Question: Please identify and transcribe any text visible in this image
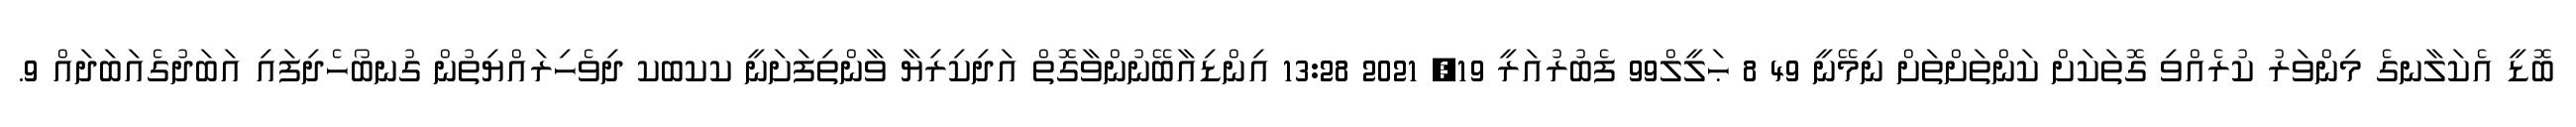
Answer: ބޮޑީ އެކަލާނގެ މިންވަރު ކުރެއްވި ގޮތަކަށް ކަންތަށްތަށް ނިމޭނީ 49 8 ޙަލީލް99 ފެބުރުއަރީ 19, 2021 13:28 އިންޑިއާބޭނުންވާގޮތް އަދިކިރިޔާ ވާންތިފަށަނީ ކކބކ ދިވެހިރައްޔިތުން ގުނބޯހެދިފައި އަބަދުގެއަބަދައް 9.